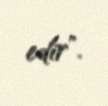
edir".